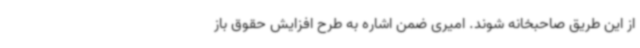
از این طریق صاحبخانه شوند. امیری ضمن اشاره به طرح افزایش حقوق باز